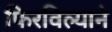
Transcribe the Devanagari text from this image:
फिरविल्याने